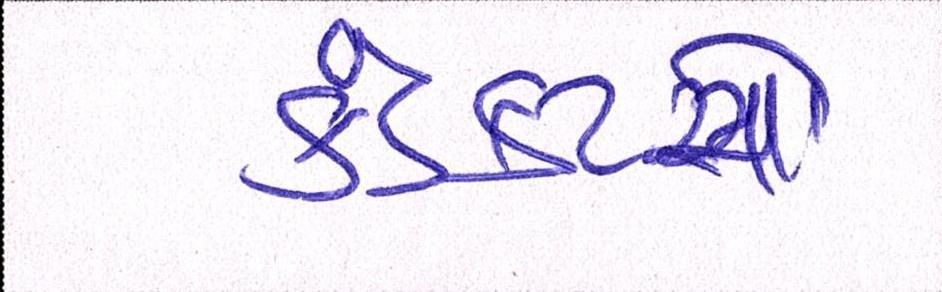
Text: કંડકટરો